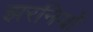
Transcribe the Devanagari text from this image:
झरनियों